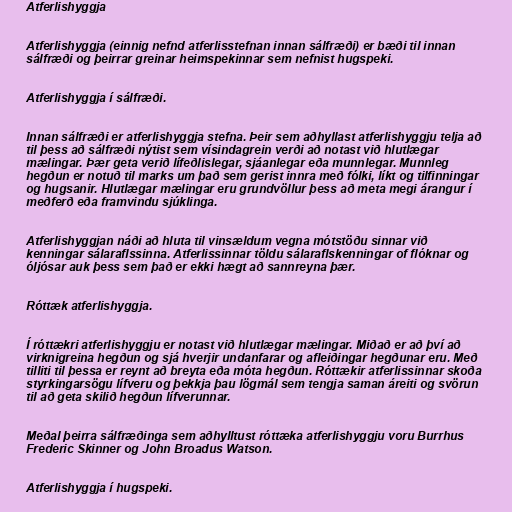
Atferlishyggja

Atferlishyggja (einnig nefnd atferlisstefnan innan sálfræði) er bæði til innan
sálfræði og þeirrar greinar heimspekinnar sem nefnist hugspeki.

Atferlishyggja í sálfræði.

Innan sálfræði er atferlishyggja stefna. Þeir sem aðhyllast atferlishyggju telja að
til þess að sálfræði nýtist sem vísindagrein verði að notast við hlutlægar
mælingar. Þær geta verið lífeðlislegar, sjáanlegar eða munnlegar. Munnleg
hegðun er notuð til marks um það sem gerist innra með fólki, líkt og tilfinningar
og hugsanir. Hlutlægar mælingar eru grundvöllur þess að meta megi árangur í
meðferð eða framvindu sjúklinga.

Atferlishyggjan náði að hluta til vinsældum vegna mótstöðu sinnar við
kenningar sálaraflssinna. Atferlissinnar töldu sálaraflskenningar of flóknar og
óljósar auk þess sem það er ekki hægt að sannreyna þær.

Róttæk atferlishyggja.

Í róttækri atferlishyggju er notast við hlutlægar mælingar. Miðað er að því að
virknigreina hegðun og sjá hverjir undanfarar og afleiðingar hegðunar eru. Með
tilliti til þessa er reynt að breyta eða móta hegðun. Róttækir atferlissinnar skoða
styrkingarsögu lífveru og þekkja þau lögmál sem tengja saman áreiti og svörun
til að geta skilið hegðun lífverunnar.

Meðal þeirra sálfræðinga sem aðhylltust róttæka atferlishyggju voru Burrhus
Frederic Skinner og John Broadus Watson.

Atferlishyggja í hugspeki.